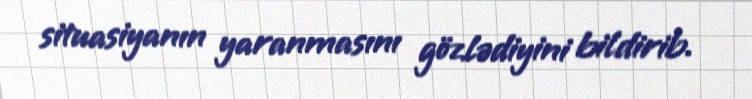
situasiyanın yaranmasını gözlədiyini bildirib.